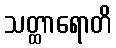
သတ္ထာရောတိ